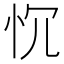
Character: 𢗑